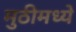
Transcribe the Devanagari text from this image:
मुठीमध्ये